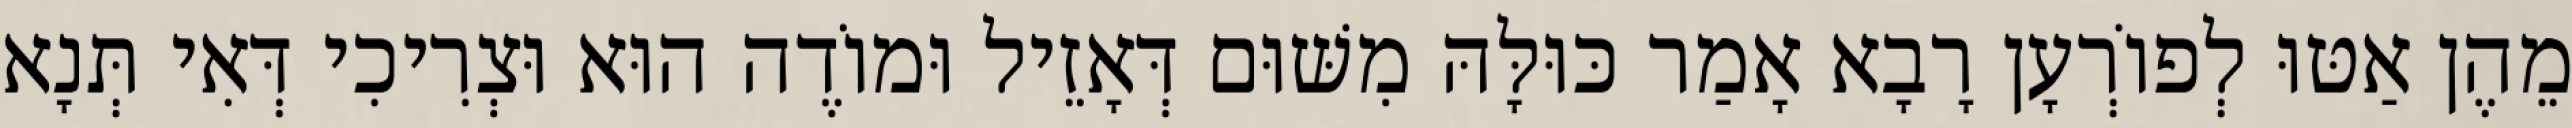
מֵהֶן אַטּוּ לְפוֹרְעָן רָבָא אָמַר כּוּלָּהּ מִשּׁוּם דְּאָזֵיל וּמוֹדֶה הוּא וּצְרִיכִי דְּאִי תְּנָא